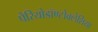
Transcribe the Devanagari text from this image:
पेरियोडॉण्टोक्लेशिया